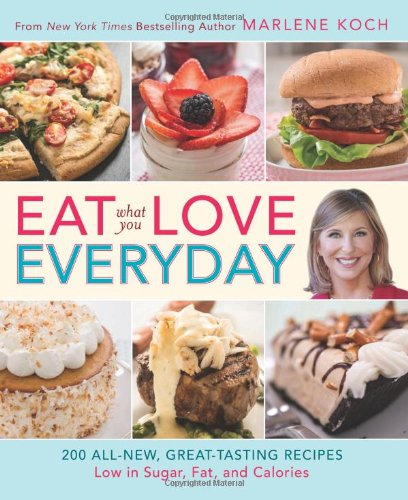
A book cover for Eat What You Love--Everyday!: 200 All-New, Great-Tasting Recipes Low in Sugar, Fat, and Calories; Marlene Koch; Cookbooks, Food & Wine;